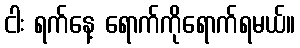
ငါး ရက်နေ့ ရောက်ကိုရောက်ရမယ်။